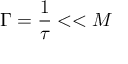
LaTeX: \Gamma = { \frac { 1 } { \tau } } < < M